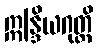
ဣန္ဒြိယဂုတ္တိ